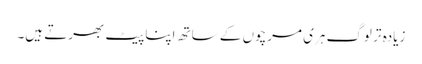
زیادہ تر لوگ ہری مرچوں کے ساتھ اپنا پیٹ بھرتے ہیں۔